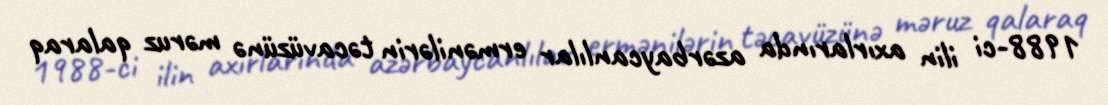
1988-ci ilin axırlarında azərbaycanlılar ermənilərin təcavüzünə məruz qalaraq